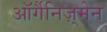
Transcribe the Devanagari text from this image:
ऑर्गैनिज़्मेन